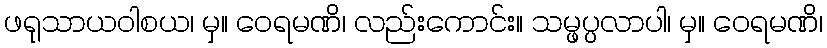
ဖရုသာယဝါစယ၊ မှ။ ဝေရမဏိ၊ လည်းကောင်း။ သမ္ဖပ္ပလာပါ၊ မှ။ ဝေရမဏိ၊